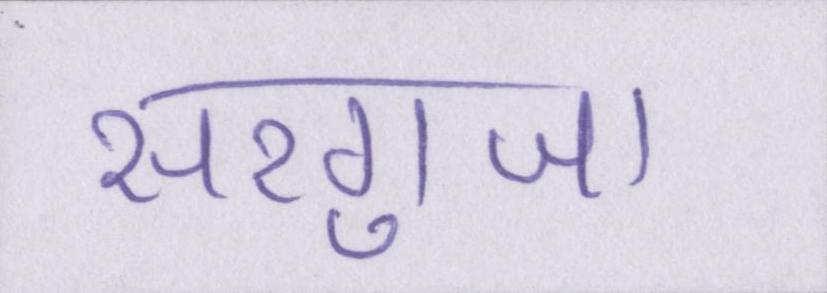
सरगुजा